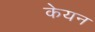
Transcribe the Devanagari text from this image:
केयन